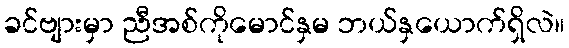
ခင်ဗျားမှာ ညီအစ်ကိုမောင်နှမ ဘယ်နှယောက်ရှိလဲ။